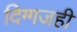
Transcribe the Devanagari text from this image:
दिग्गजही